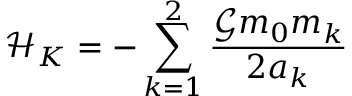
\mathcal { H } _ { K } = - \sum _ { k = 1 } ^ { 2 } \frac { \mathcal { G } m _ { 0 } m _ { k } } { 2 a _ { k } }